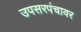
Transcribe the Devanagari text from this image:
उपसरपंचावर